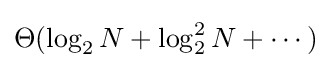
\Theta (\log _{2}N+\log _{2}^{2}N+\cdots )